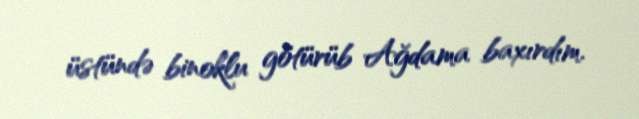
üstündə binoklu götürüb Ağdama baxırdım.